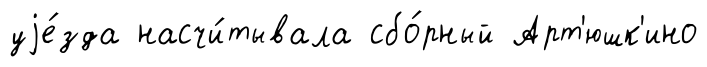
уjе́зда насчи́тывала сбо́рный Арт'юшк'ино